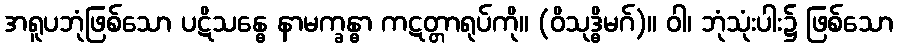
အရူပဘုံဖြစ်သော ပဋိသန္ဓေ နာမက္ခန္ဓာ ကဋတ္တာရုပ်ကို။ (ဝိသုဒ္ဓိမဂ်)။ ဝါ၊ ဘုံသုံးပါး၌ ဖြစ်သော